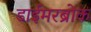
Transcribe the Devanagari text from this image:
डाईमरब्रोक